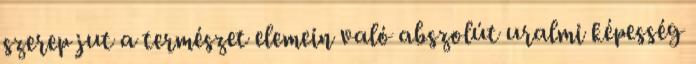
szerep jut a természet elemein való abszolút uralmi képesség